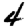
Digit: 4